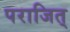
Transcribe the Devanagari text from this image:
पराजित्